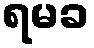
ရမခ